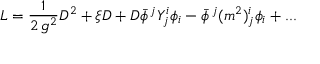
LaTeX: { \cal L } = \displaystyle { \frac { 1 } { 2 \, g ^ { 2 } } } D ^ { 2 } + \xi D + D \bar { \phi } ^ { \, j } { \cal Y } _ { j } ^ { i } \phi _ { i } - \bar { \phi } ^ { \, j } ( m ^ { 2 } ) _ { j } ^ { i } \phi _ { i } + . . .